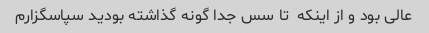
عالی بود و از اینکه  تا سس جدا گونه گذاشته بودید سپاسگزارم